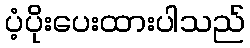
ပံ့ပိုးပေးထားပါသည်